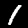
Digit: 1